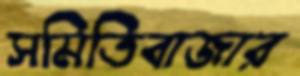
সমিতিবাজার